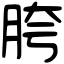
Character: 胯